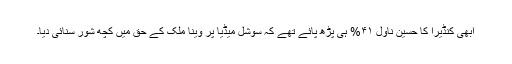
ابھی کنڈیرا کا حسین ناول ۴۱% ہی پڑھ پائے تھے کہ سوشل میڈیا پر وینا ملک کے حق میں کچھ شور سنائی دیا۔